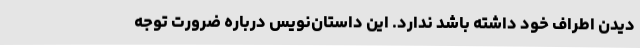
دیدن اطراف خود داشته باشد ندارد. این داستان‌نویس درباره ضرورت توجه